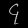
Digit: ၄